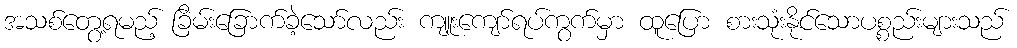
အသစ်တွေ့ရမည့် ခြိမ်းခြောက်ခဲ့သော်လည်း ကျူးကျော်ရပ်ကွက်မှာ ထူပြော စားသုံးနိုင်သောပစ္စည်းများသည်